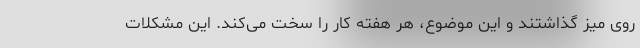
روی میز گذاشتند و این موضوع، هر هفته کار را سخت می‌کند. این مشکلات